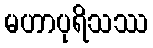
မဟာပုရိသဿ